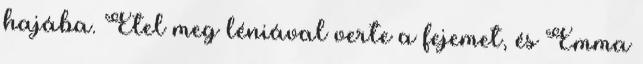
hajába. Etel meg léniával verte a fejemet, és Emma